Lunatic asylums United Prov. 1922-30 - 1922-1930
Year: 1922
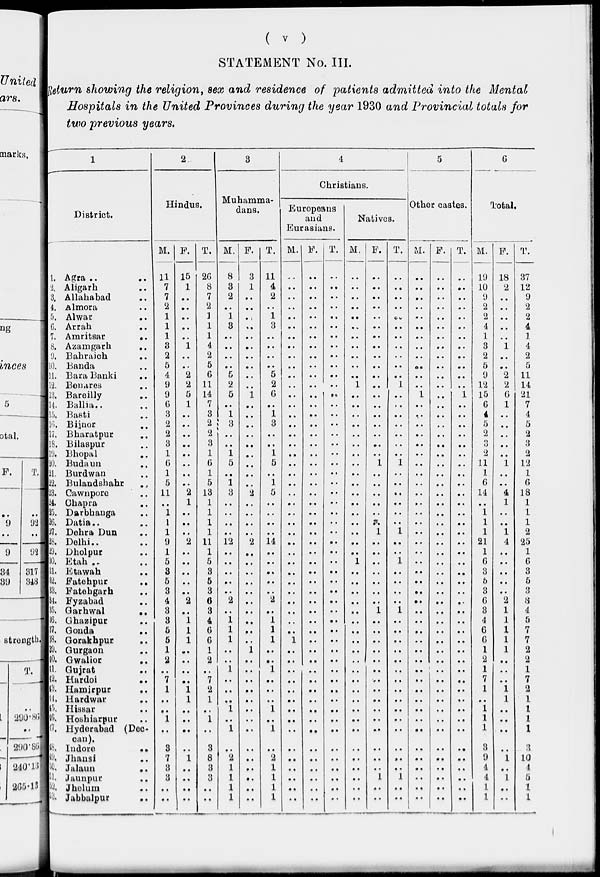
( v )
STATEMENT No. III.
Return showing the religion, sex and residence of patients admitted into the Mental
Hospitals in the United Provinces during the year 1930 and Provincial totals for
two previous years.
1
District.
1. Agra .. ..
2. Aligarh ..
3. Allahabad ..
4. Almora ..
5. Alwar ..
6. Arrah ..
7. Amritsar
..
8. Azamgarh
..
9. Bahraich ..
10. Banda ..
11. Bara Banki ..
12. Benares
13. Bareilly ..
14. Ballia . . ..
15. Basti ..
16. Bijnor ..
17. Bharatpur ..
18. Bilaspur ..
19. Bhopal ..
20. Budaun ..
21. Burdwan ..
22. Bulandshahr ..
23. Cawnpore ..
24. Chapra ..
25. Darbhanga ..
26. Datia . . ..
27. Dehra Dun ..
28. Delhi .. ..
29. Dholpur ..
30. Etah ..
31. Etawah ..
32. Fatehpur
..
33. Fatehgarh ..
34. Fyzabad ..
35.
Garhwal
..
36. Ghazipur ..
37. Gonda ..
38. Gorakhpur ..
39. Gurgaon ..
40. Gwalior
..
41. Gujarat ..
42. Hardoi ..
43. Hamirpur ..
44. Hardwar ..
45. Hissar ..
46. Hoshiarpur ..
47. Hyderabad (Dec-
can).
48. Indore
..
49. Jhansi ..
50. Jalaun
..
51. Jaunpur ..
52. Jhelum ..
53. Jabbalpur ..
2
Hindus.
M.
11
7
7
2
1
1
1
3
2
5
4
9
9
6
3
2
2
3
1
6
1
5
11
..
1
1
1
9
1
5
3
5
3
4
3
3
5
5
1
2
..
7
1
..
..
1
..
3
7
3
3
..
..
F.
15
1
..
..
..
..
..
1
..
..
2
2
5
1
..
..
..
..
..
..
..
..
2
1
..
..
..
2
..
..
..
..
..
2
..
1
1
1
..
..
..
..
1
1
..
..
..
..
1
..
..
..
..
T.
26
8
7
2
1
1
1
4
2
5
6
11
14
7
3
2
2
3
1
6
1
5
13
1
1
1
1
11
1
5
3
5
3
6
3
4
6
6
1
2
..
7
2
1
..
1
..
3
8
3
3
..
..
3
Muhamma-
dans.
M.
8
3
2
..
1
3
..
..
..
..
5
2
5
..
1
3
..
..
1
5
..
1
3
..
..
..
..
12
..
..
..
..
..
2
..
1
1
1
..
..
1
..
..
.. 1
..
1
..
2
1
1
1
1
F.
3
1
..
..
..
..
..
..
..
..
..
..
1
..
..
..
..
..
..
..
..
..
2
..
..
..
..
2
..
..
..
..
..
..
..
..
..
..
1
..
..
..
..
..
..
..
..
..
..
..
..
..
..
T.
11
4
2
..
1
3
..
..
..
..
5
2
6
..
1
3
..
..
1
5
..
1
5
..
..
..
..
14
..
..
..
..
..
2
..
1
1
1
..
..
1
..
..
..
1
..
1
..
2
1
1
1
1
4
Christians.
Europeans
and
Eurasians.
M.
..
..
..
..
..
..
..
..
..
..
..
..
..
..
..
..
..
..
..
..
..
..
..
..
..
..
..
..
..
..
..
..
..
..
..
..
.. 1
..
..
..
..
..
..
..
..
..
..
..
..
..
..
..
F.
..
..
..
..
..
..
..
..
..
..
..
..
..
..
..
..
..
..
..
..
..
..
..
..
..
..
..
..
..
..
..
..
..
..
..
..
..
..
..
..
..
..
..
..
..
..
..
..
..
..
..
..
..
T.
..
..
..
..
..
..
..
..
..
..
..
..
..
..
..
..
..
..
..
..
..
..
..
..
..
..
..
..
..
..
..
..
..
..
..
..
..
..
..
..
..
..
..
..
..
..
..
..
..
..
..
..
..
Natives.
M.
..
..
..
..
..
..
..
..
..
..
..
1
..
..
..
..
..
..
..
..
..
..
..
..
..
..
..
..
..
1
..
..
..
..
..
..
..
..
..
..
..
..
..
..
..
..
..
..
..
..
..
..
..
F.
..
..
..
..
..
..
..
..
..
..
..
..
..
..
..
..
..
..
..
1
..
..
..
..
..
..
1
..
..
..
..
..
..
..
1
..
..
..
..
..
..
..
..
..
..
..
..
..
..
..
1
..
..
T.
..
..
..
..
..
..
..
..
..
..
..
1
..
..
..
..
..
..
..
1
..
..
..
..
..
..
1
..
..
1
..
..
..
..
1
..
..
..
..
..
..
..
..
..
..
..
..
..
..
..
1
..
..
5
Other castes.
M.
..
..
..
..
..
..
..
..
..
..
..
..
1
..
..
..
..
..
..
..
..
..
..
..
..
..
..
..
..
..
..
..
..
..
..
..
..
..
..
..
..
..
..
..
..
..
..
..
..
..
..
..
..
F.
..
..
..
..
..
..
..
..
..
..
..
..
..
..
..
..
..
..
..
..
..
..
..
..
..
..
..
..
..
..
..
..
..
..
..
..
..
..
..
..
..
..
..
..
..
..
..
..
..
..
..
..
..
T.
..
..
..
..
..
..
..
..
..
..
..
..
1
..
..
..
..
..
..
..
..
..
..
..
..
..
..
..
..
..
..
..
..
..
..
..
..
..
..
..
..
..
..
..
..
..
..
..
..
..
..
..
..
6
Total.
M.
19
10
9
2
2
4
1
3
2
5
9
12
15
6
4
5
2
3
2
11
1
6
14
..
1
1
1
21
1
6
3
5
3
6
3
4
6
6
1
2
1
7
1
..
1
1
1
3
9
4
4
1
1
F.
18
2
..
..
..
..
..
1
..
..
2
2
6
1
..
..
..
..
..
1
..
..
4
1
..
..
1
4
..
..
..
..
..
2
1
1
1
1
1
..
..
..
1
1
..
..
..
..
1
..
1
..
..
T.
37
12
9
2
2
4
1
4
2
5
11
14
21
7
4
5
2
3
2
12
1
6
18
1
1
1
2
25
1
6
3
5
3
8
4
5
7
7
2
2
1
7
2
1
1
1
1
3
10
4
5
1
1